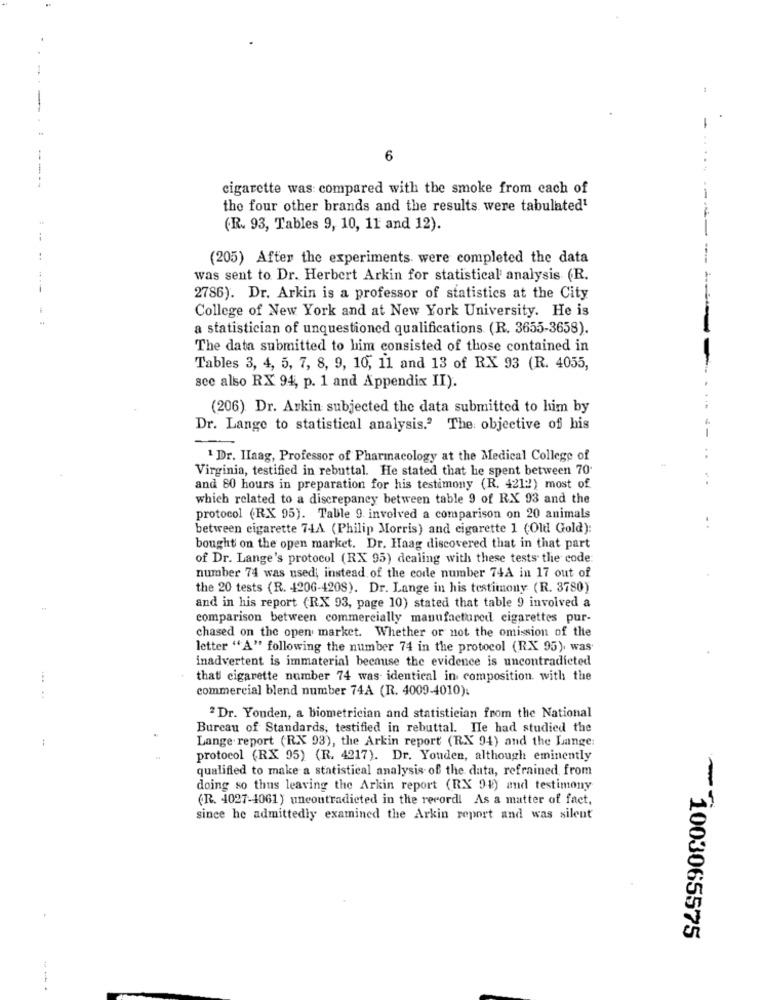
6
cigarette was: compared with the smoke from each of
the four other brands and the results were tabulated1
(R. 93, Tables 9, 10, 11 and 12).
(205) After the experiments were completed the data
was sent to Dr. Herbert Arkin for statistical analysis (R.
2786). Dr. Arkin is a professor of statistics at the City
College of New York and at New York University. He is
a statistician of unquestioned qualifications (R. 3655-3658).
The data submitted to him consisted of those contained in
Tables 3, 4, 5, 7, 8, 9, 10, 11 and 13 of RX 93 (R. 4055,
see also RX 94, p. 1 and Appendix II).
(206) Dr. Arkin subjected the data submitted to him by
Dr. Lange to statistical analysis." The objective of his
1 Dr. Haag, Professor of Pharmacology at the Medical College of
Virginia, testified in rebuttal. He stated that he spent between 70'
and 80 hours in preparation for his testimony (R. 4212) most of
which related to a discrepancy between table 9 of RX 93 and the
protocol (RX 95). Table 9. involved a comparison on 20 animals
between cigarette 74A (Philip Morris) and cigarette 1 (Old Gold):
bought on the open market. Dr. Haag discovered that in that part
of Dr. Lange's protocol (RX 95) dealing with these tests the code:
number 74 was used; instead of the code number 74A in 17 out of
the 20 tests (R. 4206-4208). Dr. Lange in his testimony (R. 3780)
and in his report (RX 93, page 10) stated that table 9 involved a
comparison between commercially manufactured cigarettes pur-
chased on the open market. Whether or not the omission of the
letter "A" following the number 74 in the protocol (RX 95), was
inadvertent is immaterial because the evidence is uncontradicted
that cigarette number 74 was identical in composition with the
commercial blend number 74A (R. 4009-4010):
2 Dr. Youden, a biometrician and statistician from the National
Bureau of Standards, testified in rebuttal. Ile had studied the
:
Lange report (RX 93), the Arkin report (RX 94) and the Lange:
protocol (RX 95) (R. 4217). Dr. Youden, although eminently
qualified to make a statistical analysis of the data, refrained, from
doing so thus leaving the Arkin report (RX 94) and testimony
(R. 4027-4061) uncontradicted in the record! As a matter of fact,
since he admittedly examined the Arkin report and was silent
- 1003065575